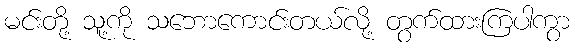
မင်းတို့ သူ့ကို သဘောကောင်းတယ်လို့ တွက်ထားကြပါကွာ